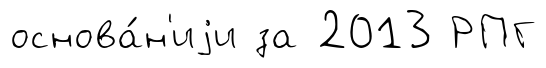
основа́н'иjи за 2013 РПГ